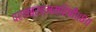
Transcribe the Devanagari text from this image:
परमब्रह्ममहिषी॥८॥